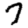
Digit: 7